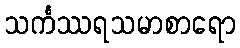
သင်္ကဿရသမာစာရော